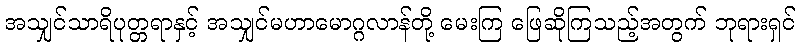
အသျှင်သာရိပုတ္တရာနှင့် အသျှင်မဟာမောဂ္ဂလာန်တို့ မေးကြ ဖြေဆိုကြသည့်အတွက် ဘုရားရှင်